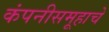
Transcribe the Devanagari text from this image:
कंपनीसमूहाचे